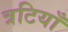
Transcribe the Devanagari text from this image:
त्रटियाँ